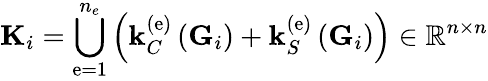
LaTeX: {\mathbf K}_{i}=\bigcup_{\mathrm{e}=1}^{n_{e}}\left({\mathbf k}_{C}^{\left(\mathrm{e}\right)}\left({\mathbf G}_{i}\right)+{\mathbf k}_{S}^{\left(\mathrm{e}\right)}\left({\mathbf G}_{i}\right)\right)\in\mathbb{R}^{n\times n}